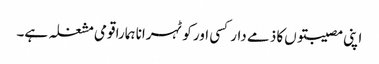
اپنی مصیبتوں‌کا ذمے دار کسی اور کو ٹہرانا ہمارا قومی مشغلہ ہے۔